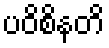
ပဝိစိနတိ